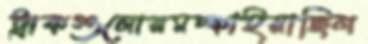
ট্রাকগুলোরমচ্‌কাইয়াছিল